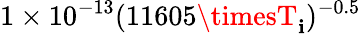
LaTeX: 1\times10^{-13}(11605\timesT_{\mathbf{i}})^{-0.5}